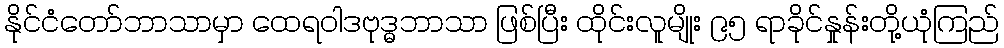
နိုင်ငံတော်ဘာသာမှာ ထေရဝါဒဗုဒ္ဓဘာသာ ဖြစ်ပြီး ထိုင်းလူမျိုး ၉၅ ရာခိုင်နှုန်းတို့ယုံကြည်